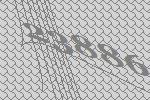
23886